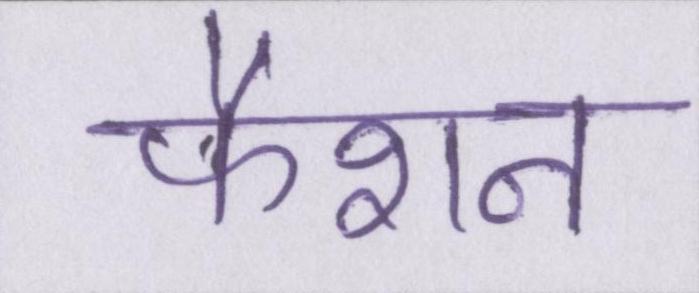
फैशन